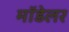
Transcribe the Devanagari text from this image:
मॉडेलर